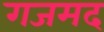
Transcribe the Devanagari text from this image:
गजमद